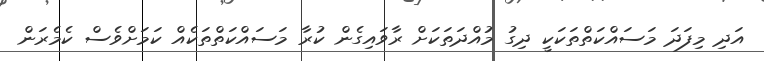
އަދި މިފަދަ މަސައްކަތްތަކަކީ ދިގު މުއްދަތަކަށް ރާވައިގެން ކުރާ މަސައްކަތްތަކެއް ކަމަށްވެސް ކެމެރަން